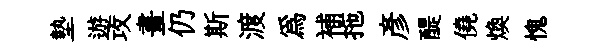
墊遊攻畫仍斯渡為補拖彥醍僥煥愧